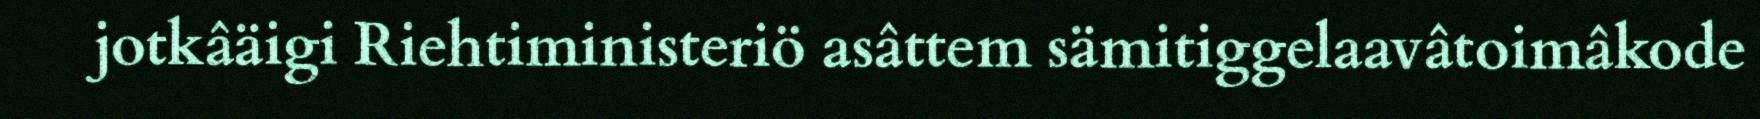
jotkâäigi Riehtiministeriö asâttem sämitiggelaavâtoimâkode